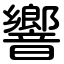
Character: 響